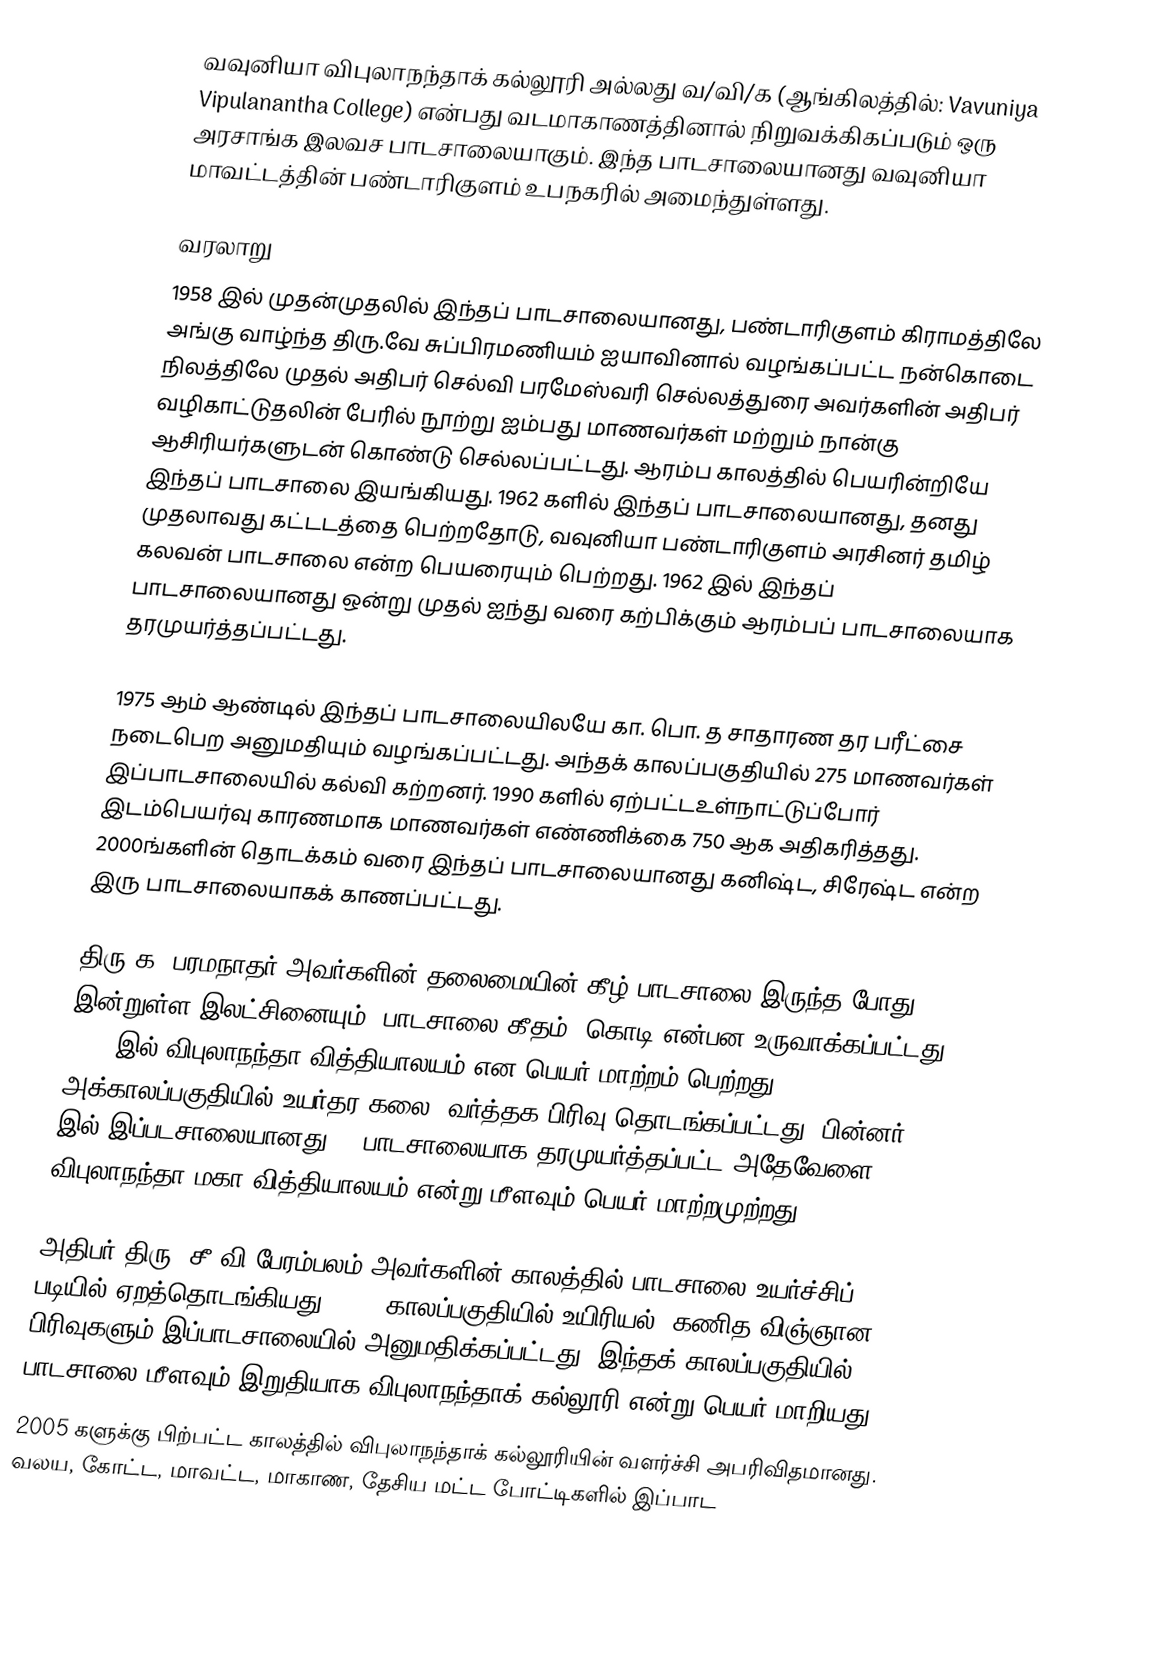
வவுனியா விபுலாநந்தாக் கல்லூரி அல்லது வ/வி/க (ஆங்கிலத்தில்: Vavuniya Vipulanantha College) என்பது வடமாகாணத்தினால் நிறுவக்கிகப்படும் ஒரு அரசாங்க இலவச பாடசாலையாகும்.  இந்த பாடசாலையானது வவுனியா மாவட்டத்தின் பண்டாரிகுளம் உபநகரில் அமைந்துள்ளது.

வரலாறு
1958 இல் முதன்முதலில் இந்தப் பாடசாலையானது, பண்டாரிகுளம் கிராமத்திலே அங்கு வாழ்ந்த திரு.வே சுப்பிரமணியம் ஐயாவினால் வழங்கப்பட்ட நன்கொடை நிலத்திலே முதல் அதிபர் செல்வி பரமேஸ்வரி செல்லத்துரை அவர்களின் அதிபர் வழிகாட்டுதலின் பேரில் நூற்று ஐம்பது மாணவர்கள் மற்றும் நான்கு ஆசிரியர்களுடன் கொண்டு செல்லப்பட்டது. ஆரம்ப காலத்தில் பெயரின்றியே இந்தப் பாடசாலை இயங்கியது. 1962 களில் இந்தப் பாடசாலையானது, தனது முதலாவது கட்டடத்தை பெற்றதோடு, வவுனியா பண்டாரிகுளம் அரசினர் தமிழ் கலவன் பாடசாலை என்ற பெயரையும் பெற்றது. 1962 இல் இந்தப் பாடசாலையானது ஒன்று முதல் ஐந்து வரை கற்பிக்கும் ஆரம்பப் பாடசாலையாக தரமுயர்த்தப்பட்டது.

1975 ஆம் ஆண்டில் இந்தப் பாடசாலையிலயே கா. பொ. த சாதாரண தர பரீட்சை நடைபெற அனுமதியும் வழங்கப்பட்டது. அந்தக் காலப்பகுதியில் 275 மாணவர்கள் இப்பாடசாலையில் கல்வி கற்றனர். 1990 களில் ஏற்பட்டஉள்நாட்டுப்போர்  இடம்பெயர்வு காரணமாக மாணவர்கள் எண்ணிக்கை 750 ஆக அதிகரித்தது. 2000ங்களின் தொடக்கம் வரை இந்தப் பாடசாலையானது கனிஷ்ட, சிரேஷ்ட என்ற இரு பாடசாலையாகக் காணப்பட்டது.

திரு க. பரமநாதர் அவர்களின் தலைமையின் கீழ் பாடசாலை இருந்த போது இன்றுள்ள இலட்சினையும், பாடசாலை கீதம், கொடி என்பன உருவாக்கப்பட்டது. 1993 இல் விபுலாநந்தா வித்தியாலயம் என பெயர் மாற்றம் பெற்றது. அக்காலப்பகுதியில் உயர்தர கலை, வர்த்தக பிரிவு தொடங்கப்பட்டது. பின்னர் 1996 இல் இப்படசாலையானது 1C பாடசாலையாக தரமுயர்த்தப்பட்ட அதேவேளை விபுலாநந்தா மகா வித்தியாலயம் என்று மீளவும் பெயர் மாற்றமுற்றது.

அதிபர் திரு. சீ.வி  பேரம்பலம் அவர்களின் காலத்தில் பாடசாலை உயர்ச்சிப் படியில் ஏறத்தொடங்கியது. 2002 காலப்பகுதியில் உயிரியல், கணித விஞ்ஞான பிரிவுகளும் இப்பாடசாலையில் அனுமதிக்கப்பட்டது. இந்தக் காலப்பகுதியில் பாடசாலை மீளவும் இறுதியாக விபுலாநந்தாக் கல்லூரி என்று பெயர் மாறியது.
2005 களுக்கு பிற்பட்ட காலத்தில் விபுலாநந்தாக் கல்லூரியின் வளர்ச்சி அபரிவிதமானது. வலய, கோட்ட, மாவட்ட, மாகாண, தேசிய மட்ட போட்டிகளில் இப்பாட